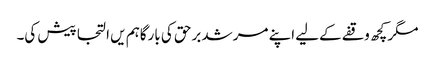
مگر کچھ وقفے کےلیے اپنے مرشد برحق کی بارگاہم یں التجا پیش کی۔